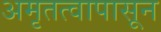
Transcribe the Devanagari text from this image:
अमृतत्वापासून